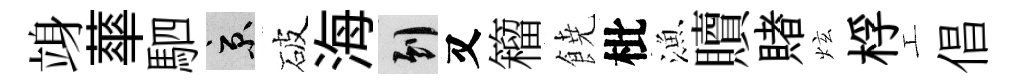
竧蕐駟京破海到又籕𩜙枇漁贖賭炫桴工倡